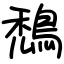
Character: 鵚